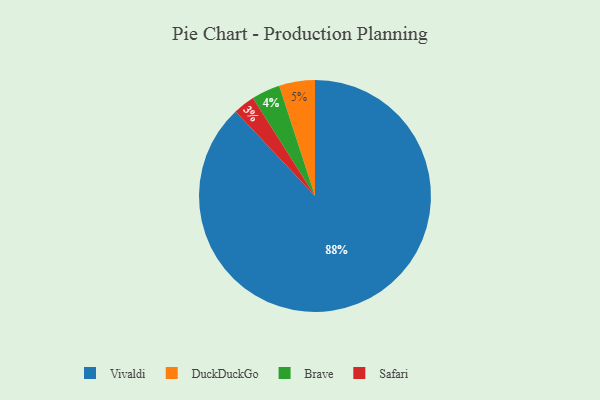
{"axis": {"x": "Category", "y": "Percentage"}, "legend": ["Brave", "DuckDuckGo", "Safari", "Vivaldi"], "data": [{"x": "Vivaldi", "y": 88, "type": "Vivaldi"}, {"x": "DuckDuckGo", "y": 5, "type": "DuckDuckGo"}, {"x": "Safari", "y": 3, "type": "Safari"}, {"x": "Brave", "y": 4, "type": "Brave"}]}